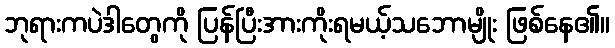
ဘုရားကပဲဒါတွေကို ပြန်ပြီးအားကိုးရမယ့်သဘောမျိုး ဖြစ်နေ၏။